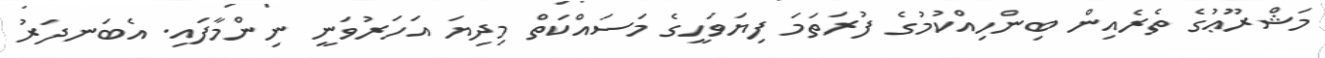
މަޝްރޫޢުގެ ތެރެއިން ބިންހިއްކުމުގެ ފުރަތަމަ ފިޔަވަހީގެ މަސައްކަތް މިދިޔަ އަހަރުވަނީ ނިންމާފައި. އެބަނދަރު